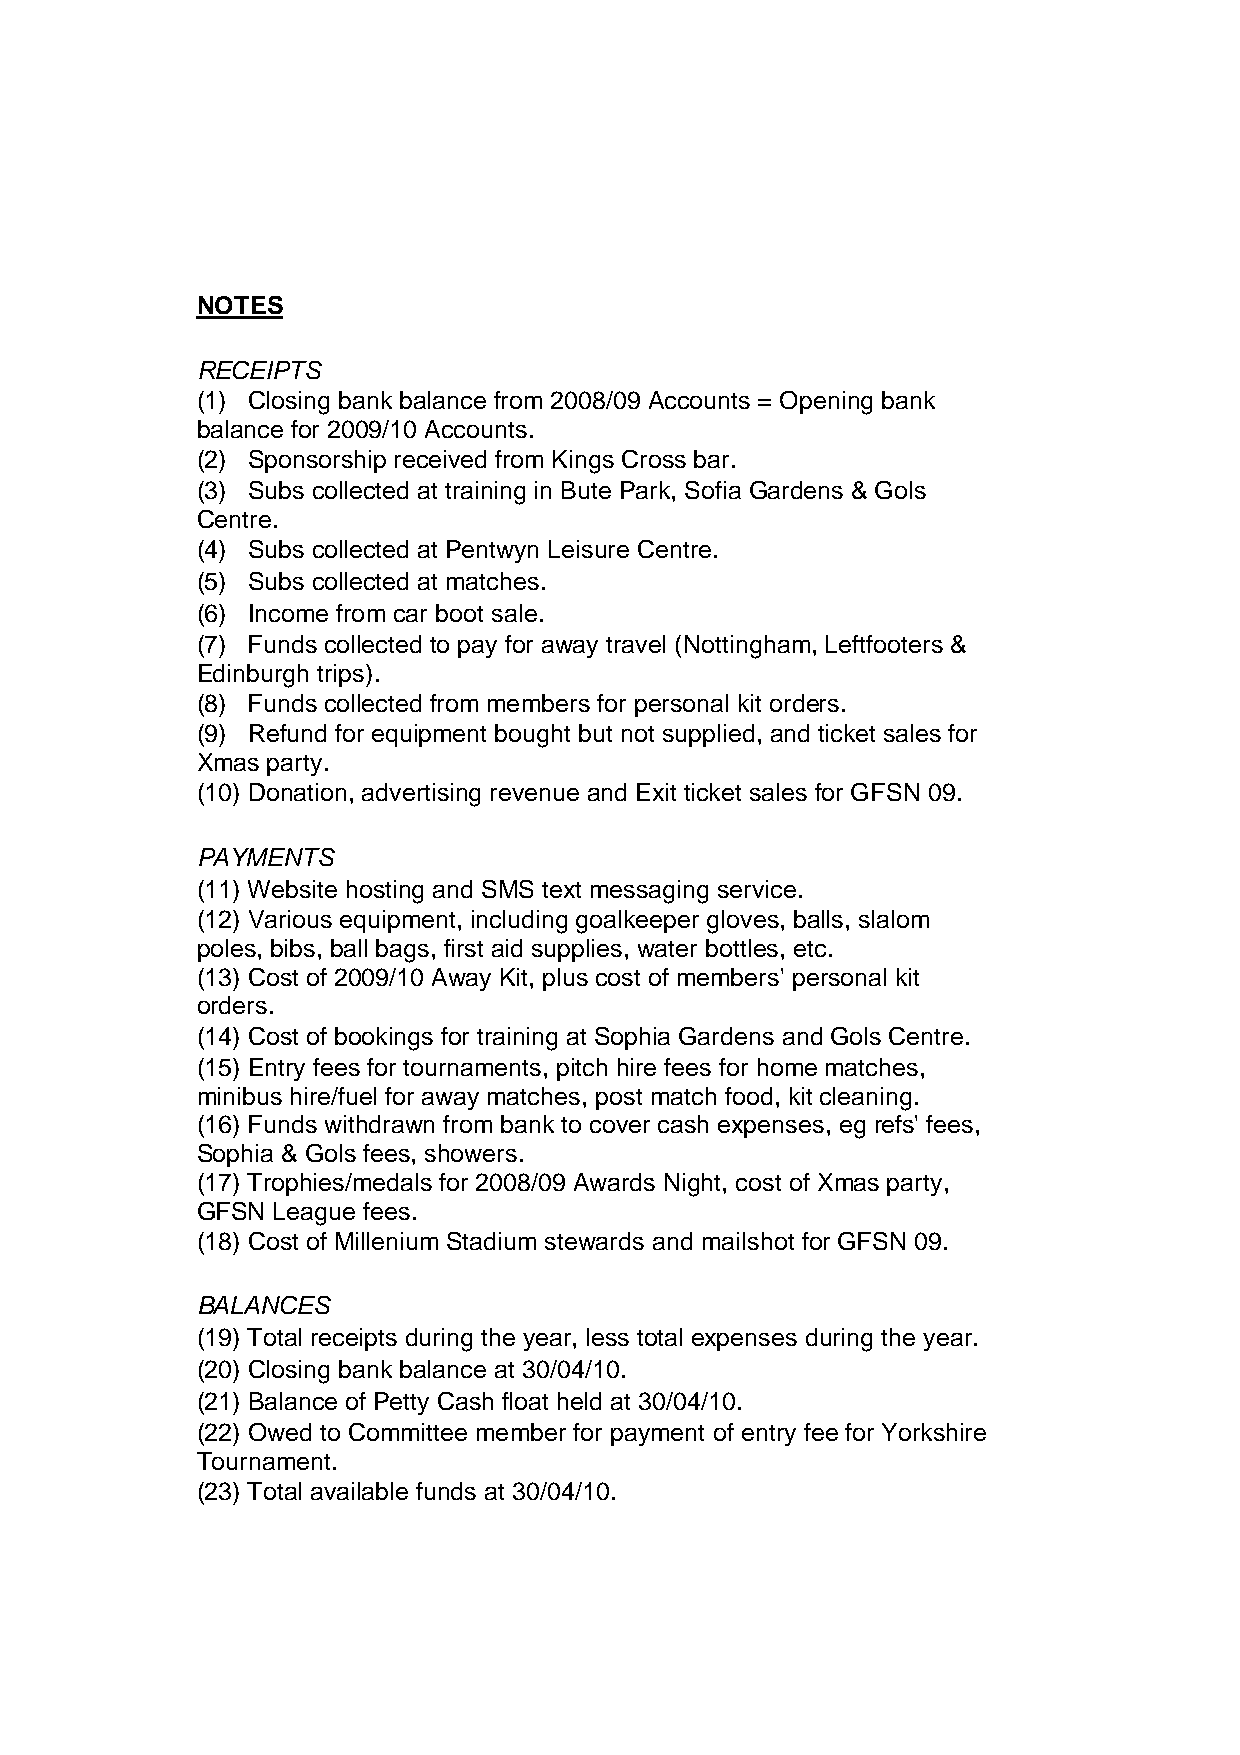
NOTES
 RECEIPTS
 (1) Closing bank balance from 2008/09 Accounts = Opening bank
 balance for 2009/10 Accounts.
 (2) Sponsorship received from Kings Cross bar.
 (3) Subs collected at training in Bute Park, Sofia Gardens & Gols
 Centre.
 (4) Subs collected at Pentwyn Leisure Centre.
 (5) Subs collected at matches.
 (6) Income from car boot sale.
 (7) Funds collected to pay for away travel (Nottingham, Leftfooters &
 Edinburgh trips).
 (8) Funds collected from members for personal kit orders.
 (9) Refund for equipment bought but not supplied, and ticket sales for
 Xmas party.
 (10) Donation, advertising revenue and Exit ticket sales for GFSN 09.
 PAYMENTS
 (11) Website hosting and SMS text messaging service.
 (12) Various equipment, including goalkeeper gloves, balls, slalom
 poles, bibs, ball bags, first aid supplies, water bottles, etc.
 (13) Cost of 2009/10 Away Kit, plus cost of members' personal kit
 orders.
 (14) Cost of bookings for training at Sophia Gardens and Gols Centre.
 (15) Entry fees for tournaments, pitch hire fees for home matches,
 minibus hire/fuel for away matches, post match food, kit cleaning.
 (16) Funds withdrawn from bank to cover cash expenses, eg refs' fees,
 Sophia & Gols fees, showers.
 (17) Trophies/medals for 2008/09 Awards Night, cost of Xmas party,
 GFSN League fees.
 (18) Cost of Millenium Stadium stewards and mailshot for GFSN 09.
 BALANCES
 (19) Total receipts during the year, less total expenses during the year.
 (20) Closing bank balance at 30/04/10.
 (21) Balance of Petty Cash float held at 30/04/10.
 (22) Owed to Committee member for payment of entry fee for Yorkshire
 Tournament.
 (23) Total available funds at 30/04/10.